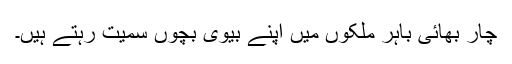
چار بھائی باہر ملکوں میں اپنے بیوی بچوں سمیت رہتے ہیں۔